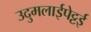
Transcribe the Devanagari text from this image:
उदुमलाईपेट्टई